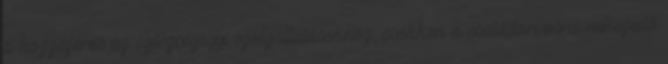
a hozzáférés az egészségügyi szolgáltatásokhoz, csökken a családorvosra nehezedő